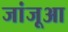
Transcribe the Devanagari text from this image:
जांजूआ